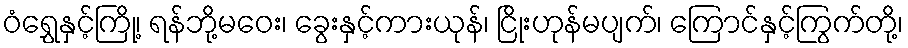
ဝံရွှေနှင့်ကြို့၊ ရန်ဘို့မဝေး၊ ခွေးနှင့်ကားယုန်၊ ငြိုးဟုန်မပျက်၊ ကြောင်နှင့်ကြွက်တို့၊